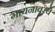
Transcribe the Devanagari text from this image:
गायनावरचे